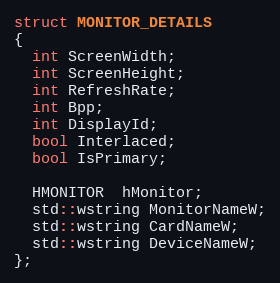
Language: C
struct MONITOR_DETAILS
{
  int ScreenWidth;
  int ScreenHeight;
  int RefreshRate;
  int Bpp;
  int DisplayId;
  bool Interlaced;
  bool IsPrimary;

  HMONITOR  hMonitor;
  std::wstring MonitorNameW;
  std::wstring CardNameW;
  std::wstring DeviceNameW;
};